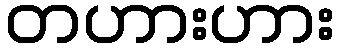
တဟားဟား